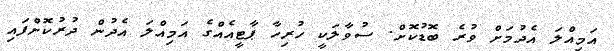
އަމިއްލަ އެދުމަށް ވުރެ ބޮޑުކޮށް. ސުވާލަކީ ހުރިހާ ޕާޓީއެއްގެ އަމިއްލަ އެދުން ދުރުކޮށްފައި